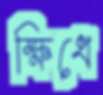
ক্ষিধে